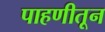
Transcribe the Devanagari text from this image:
पाहणीतून